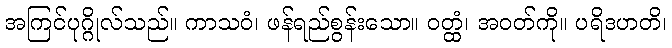
အကြင်ပုဂ္ဂိုလ်သည်။ ကာသဝံ၊ ဖန်ရည်စွန်းသော။ ဝတ္ထံ၊ အဝတ်ကို။ ပရိဒဟတိ၊